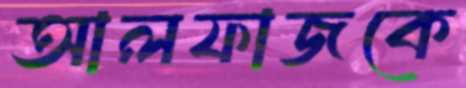
আলফাজকে